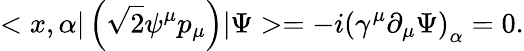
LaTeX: <x,\alpha|\left(\sqrt{2}\psi^{\mu}p_{\mu}\right)|\Psi>=-i\left(\gamma^{\mu}\partial_{\mu}\Psi\right)_{\alpha}=0.